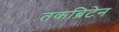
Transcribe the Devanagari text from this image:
तकब्रिटेन